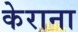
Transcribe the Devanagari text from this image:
केराना